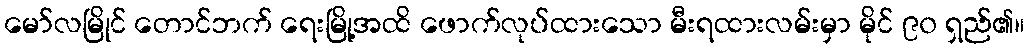
မော်လမြိုင် တောင်ဘက် ရေးမြို့အထိ ဖောက်လုပ်ထားသော မီးရထားလမ်းမှာ မိုင် ၉၀ ရှည်၏။